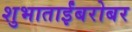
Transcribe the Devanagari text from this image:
शुभाताईंबरोबर